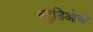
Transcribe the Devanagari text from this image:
स्टुडिओची